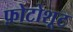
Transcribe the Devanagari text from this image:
फ़ोटोशूट